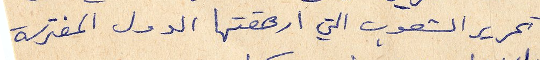
تحرير الشعوب التي ارهقتها الدول المفترسة